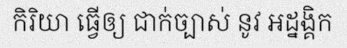
កិរិយា ធ្វើឲ្យ ជាក់ច្បាស់ នូវ អដ្នង្គិក